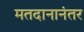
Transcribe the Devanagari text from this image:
मतदानानंतर